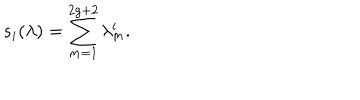
s _ { i } ( \lambda ) = \sum _ { m = 1 } ^ { 2 g + 2 } \lambda _ { m } ^ { i } .